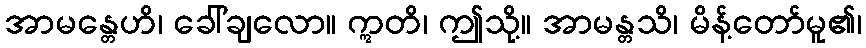
အာမန္တေဟိ၊ ခေါ်ချလော။ ဣတိ၊ ဤသို့။ အာမန္တသိ၊ မိန့်တော်မူ၏၊